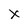
Character: X